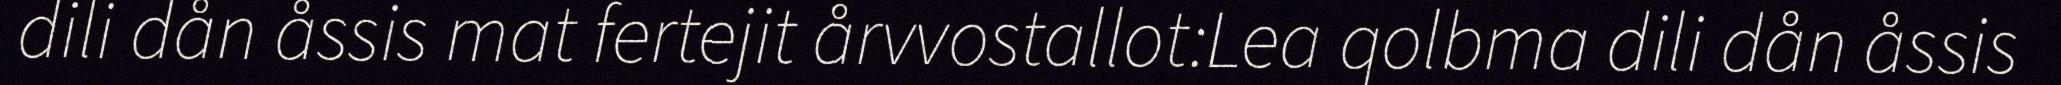
dili dån åssis mat fertejit årvvostallot:Lea qolbma dili dån åssis